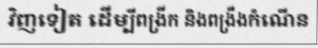
វិញទៀត ដើម្បីពង្រីក និងពង្រឹងកំណើន